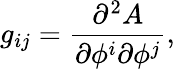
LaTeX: g_{ij}=\frac{\partial^{2}A}{\partial\phi^{i}\partial\phi^{j}},